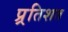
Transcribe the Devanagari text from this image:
प्र्रतिशत